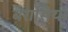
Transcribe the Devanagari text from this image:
बेरासिया